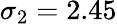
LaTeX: \sigma_{2}=2.45